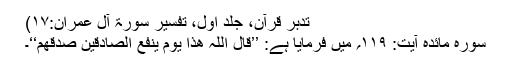
تدبر قرآن، جلد اول، تفسیر سورۃ آل عمران:۱۷)
سورہ مائدہ آیت: ۱۱۹؍ میں فرمایا ہے: ’’قال اللہ ھذا یوم ینفع الصادقین صدقھم‘‘۔